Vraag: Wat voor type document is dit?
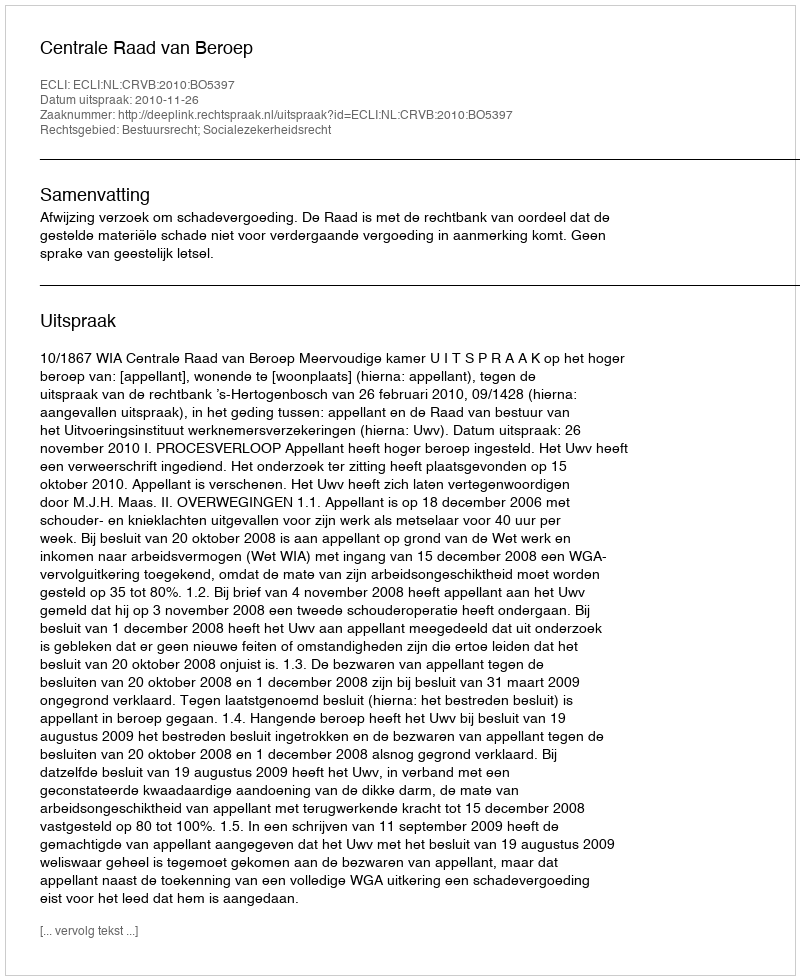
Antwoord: Uitspraak